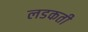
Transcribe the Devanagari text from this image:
लडकती